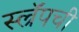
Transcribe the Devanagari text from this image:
स्ल्रॅपची